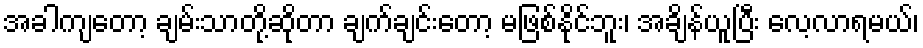
အခါကျတော့ ချမ်းသာတို့ဆိုတာ ချက်ချင်းတော့ မဖြစ်နိုင်ဘူး၊ အချိန်ယူပြီး လေ့လာရမယ်၊